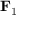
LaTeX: \mathbf { F } _ { 1 }